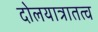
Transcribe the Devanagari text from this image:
दोलयात्रातत्व